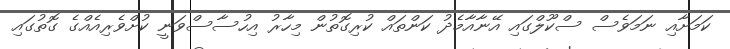
ކަމަށާއި ނަމަވެސް ސްކޫލްގައި އޭނާއާމެދު ކަންތައް ކުރިގޮތުން މިހާރު އިހުސާސްވަނީ ކުށްވެރިއެއްގެ ގޮތުގައި